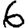
Digit: 6